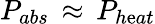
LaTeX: P_{abs}\, \approx\, P_{h\mathrm{e}at}